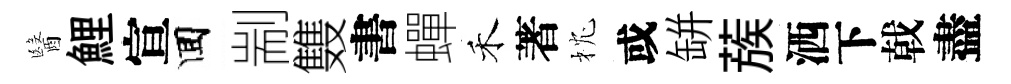
醫鯉宣囬剬䨇書蟬禾著枕或缾蔟洒下戟盡